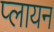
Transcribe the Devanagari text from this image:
प्लायन